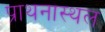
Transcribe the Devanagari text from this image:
प्राथनास्थल